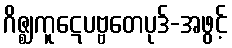
ဂိဇ္ဈကူဋေပဗ္ဗတေပုဒ်-အဖွင့်